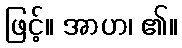
ဖြင့်။ အာဟ၊ ၏။